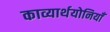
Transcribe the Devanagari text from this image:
काव्यार्थयोनियाँ